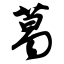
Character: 葛